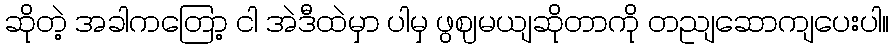
ဆိုတဲ့ အခါကတြော့ ငါ အဲဒီထဲမှာ ပါမှ ဖွဈမယျဆိုတာကို တညျဆောကျပေးပါ။